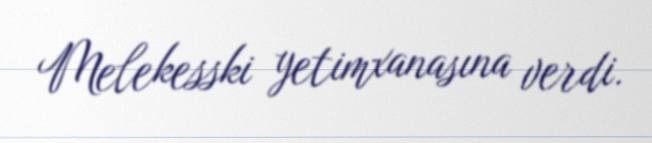
Melekesski yetimxanasına verdi.